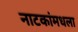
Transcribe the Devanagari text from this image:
नाटकांमधला